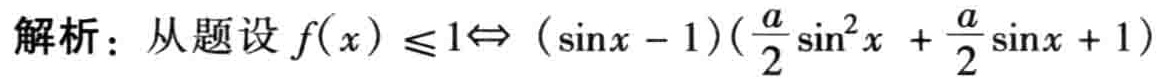
解析：从题设 \(f(x)\leq1\Leftrightarrow (\sin x - 1)(\frac{a}{2}\sin^{2}x + \frac{a}{2}\sin x + 1)\)